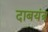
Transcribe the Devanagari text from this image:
दाबयंत्र